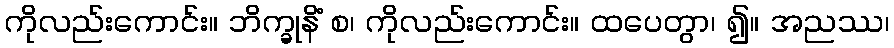
ကိုလည်းကောင်း။ ဘိက္ခုနိံ စ၊ ကိုလည်းကောင်း။ ထပေတွာ၊ ၍။ အညဿ၊